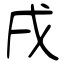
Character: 戌